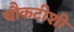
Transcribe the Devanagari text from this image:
चौकटीशी